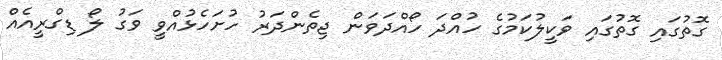
ގޮތުގައި ގޮތުގައި ވަކީލުކަމުގެ ހުއްދަ ހޯއްދަވަން ޖިތެންދަރު ހުށަހެޅުއްވީ ވަގު ލޯ ޑިގްރީއެއް